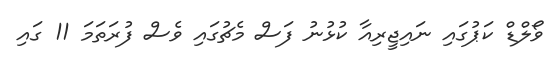
ވޯލްޑް ކަޕުގައި ނައިޖީރިއާ ކުޅުނު ފަސް މެޗުގައި ވެސް ފުރަތަމަ 11 ގައި